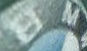
BMW